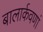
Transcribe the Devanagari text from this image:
बालार्कवणां